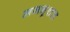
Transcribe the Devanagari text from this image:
मजनूशाह